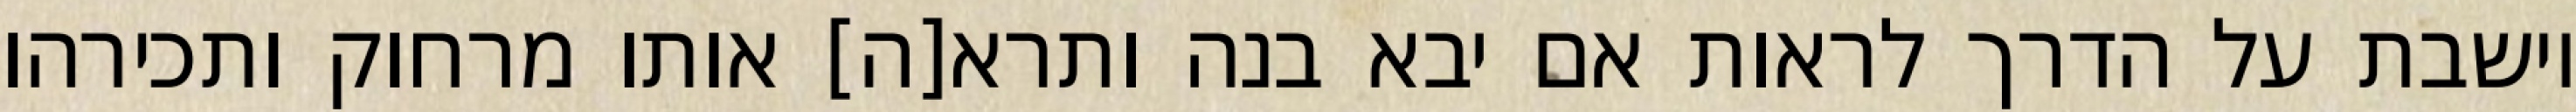
יושבת על הדרך לראות אם יבא בנה ותרא[ה] אותו מרחוק ותכירהו